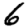
Digit: 6